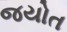
જયોત